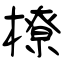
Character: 橑